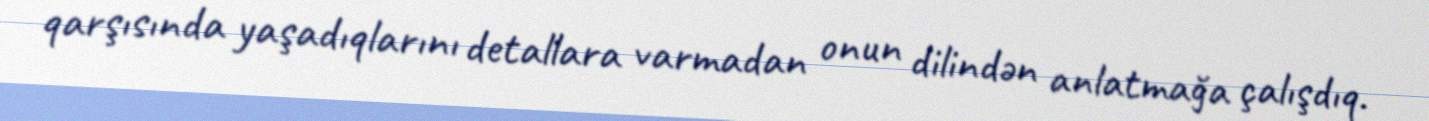
qarşısında yaşadıqlarını detallara varmadan onun dilindən anlatmağa çalışdıq.